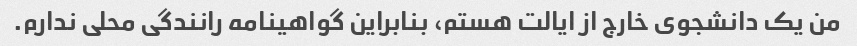
من یک دانشجوی خارج از ایالت هستم، بنابراین گواهینامه رانندگی محلی ندارم.